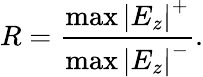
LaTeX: R=\frac{\operatorname*{max}\left|E_{z}\right|^{+}}{\operatorname*{max}\left|E_{z}\right|^{-}}.